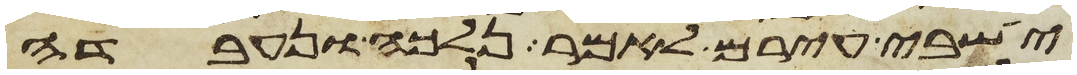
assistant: ישבי עירם לאמר נלכה ונעבדה